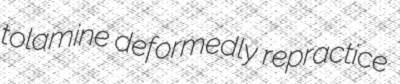
tolamine deformedly repractice